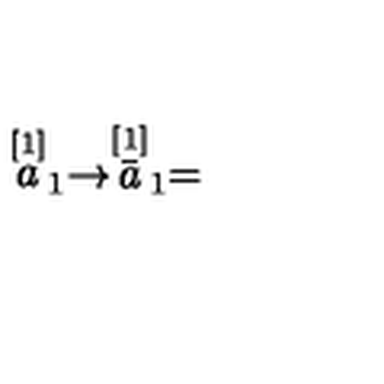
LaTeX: \stackrel { \lbrack 1 ] } { a } _ { 1 } \rightarrow \stackrel { [ 1 ] } { \bar { a } } _ { 1 } =